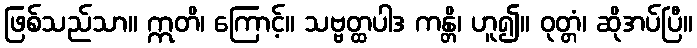
ဖြစ်သည်သာ။ ဣတိ၊ ကြောင့်။ သဗ္ဗတ္ထပါဒ ကန္တိ၊ ဟူ၍။ ဝုတ္တံ၊ ဆိုအပ်ပြီ။